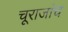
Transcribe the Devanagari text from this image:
चूराजांच